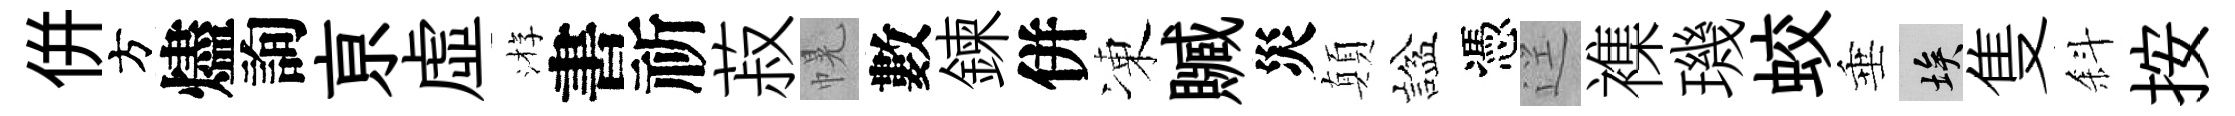
併方燼詢亰虛㳺書祈菽幌數鍊併凍贓災顛諡憑逕襍璣蛟垂埃隻斜按